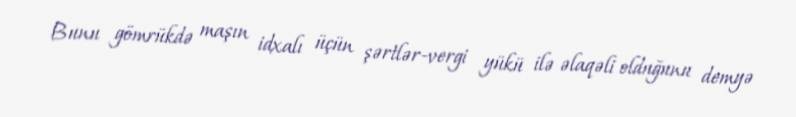
Bunu gömrükdə maşın idxalı üçün şərtlər-vergi yükü ilə əlaqəli olduğunu demyə